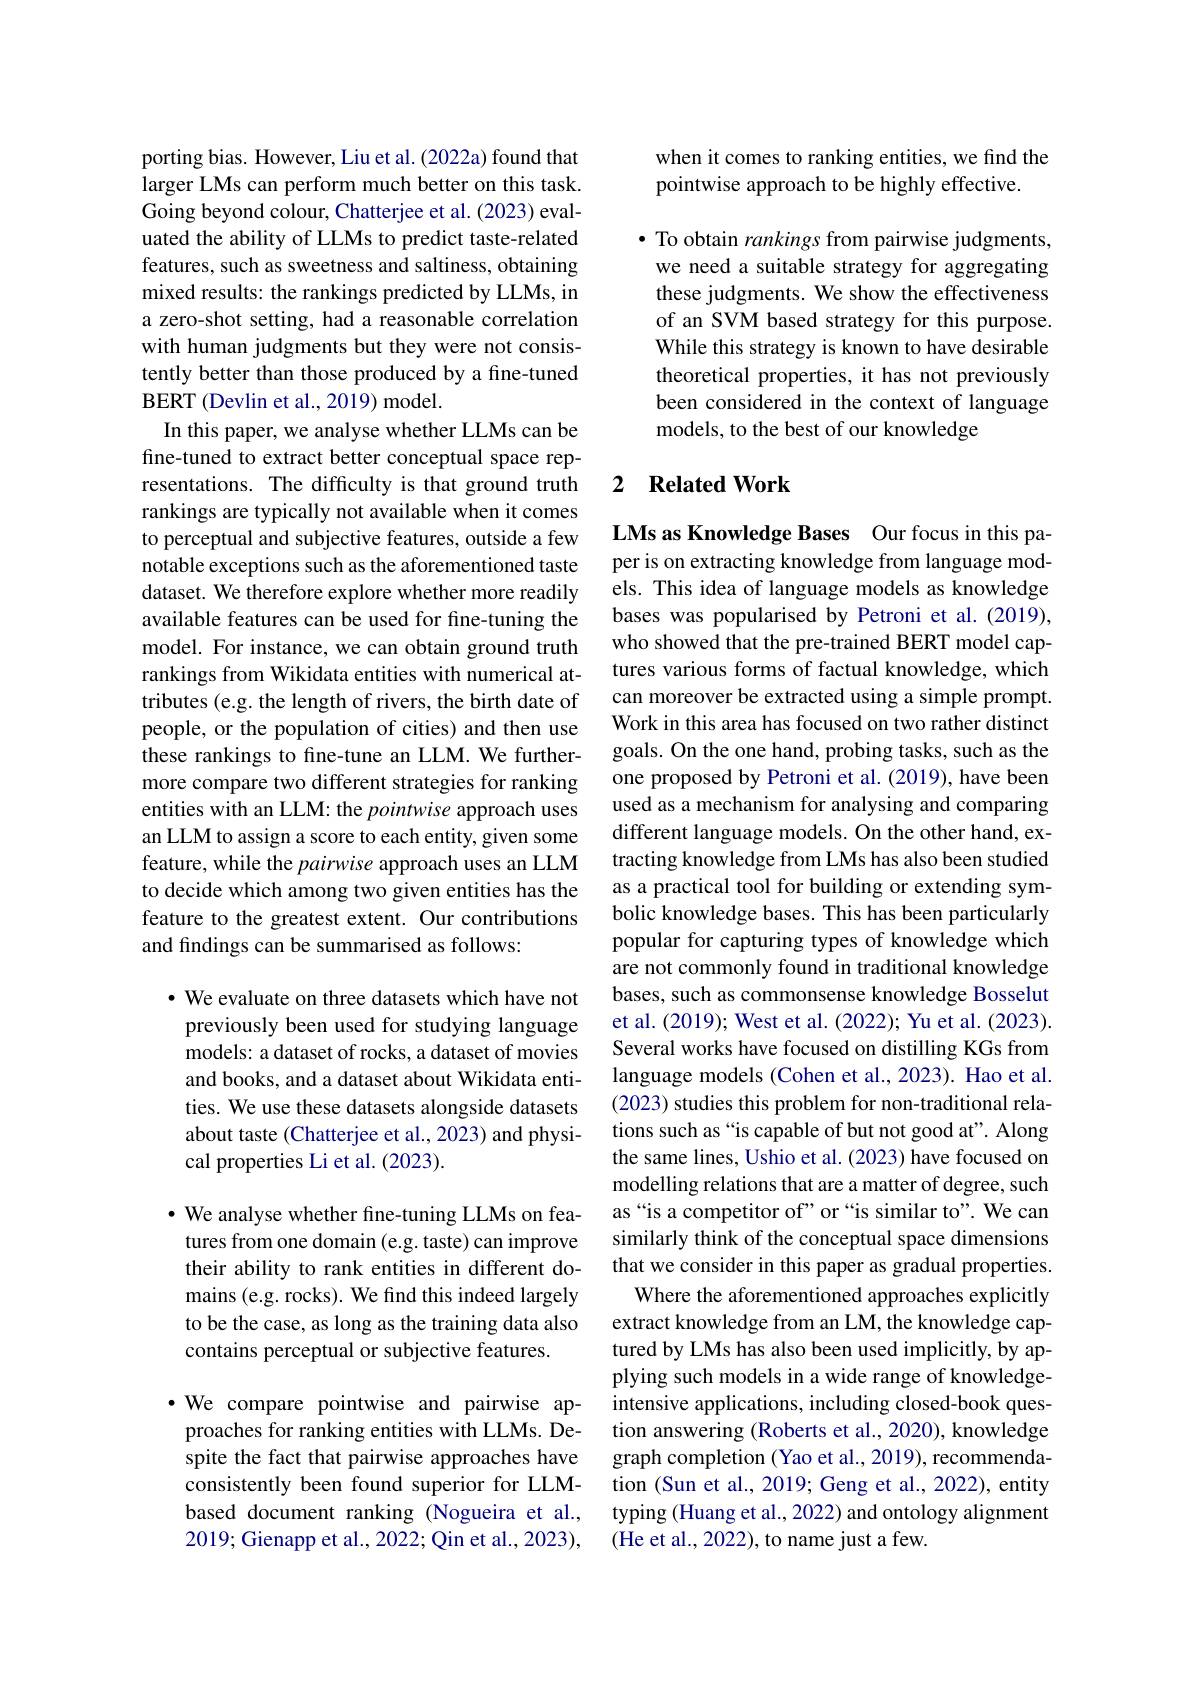
porting bias. However, Liu et al. (2022a) found that larger LMs can perform much better on this task. Going beyond colour, Chatterjee et al. (2023) evaluated the ability of LLMs to predict taste-related features, such as sweetness and saltiness, obtaining mixed results: the rankings predicted by LLMs, in a zero-shot setting, had a reasonable correlation with human judgments but they were not consistently better than those produced by a fine-tuned BERT (Devlin et al., 2019) model.
In this paper, we analyse whether LLMs can be fine-tuned to extract better conceptual space representations. The difficulty is that ground truth rankings are typically not available when it comes to perceptual and subjective features, outside a few notable exceptions such as the aforementioned taste dataset. We therefore explore whether more readily available features can be used for fine-tuning the model. For instance, we can obtain ground truth rankings from Wikidata entities with numerical attributes (e.g. the length of rivers, the birth date of people, or the population of cities) and then use these rankings to fine-tune an LLM. We furthermore compare two different strategies for ranking entities with an LLM: the pointwise approach uses an LLM to assign a score to each entity, given some feature, while the pairwise approach uses an LLM to decide which among two given entities has the feature to the greatest extent. Our contributions and findings can be summarised as follows:

· We evaluate on three datasets which have not previously been used for studying language models: a dataset of rocks, a dataset of movies and books, and a dataset about Wikidata entities. We use these datasets alongside datasets about taste (Chatterjee et al., 2023) and physical properties Li et al. (2023).

$\bullet$ We analyse whether fine-tuning LLMs on features from one domain (e.g. taste) can improve their ability to rank entities in different domains (e.g. rocks). We find this indeed largely to be the case, as long as the training data also contains perceptual or subjective features.

·We compare pointwise and pairwise approaches for ranking entities with LLMs. Despite the fact that pairwise approaches have consistently been found superior for LLMbased document ranking (Nogueira et al., 2019; Gienapp et al., 2022; Qin et al., 2023),

when it comes to ranking entities, we find the
pointwise approach to be highly effective.

$\bullet$ To obtain rankings from pairwise judgments, we need a suitable strategy for aggregating these judgments. We show the effectiveness of an SVM based strategy for this purpose. While this strategy is known to have desirable theoretical properties, it has not previously been considered in the context of language models, to the best of our knowledge

### 2 $\textbf{Related Work}$

LMs as Knowledge Bases Our focus in this paper is on extracting knowledge from language models. This idea of language models as knowledge bases was popularised by Petroni et al.(2019), who showed that the pre-trained BERT model captures various forms of factual knowledge, which can moreover be extracted using a simple prompt. Work in this area has focused on two rather distinct goals. On the one hand, probing tasks, such as the one proposed by Petroni et al.(2019), have been used as a mechanism for analysing and comparing different language models. On the other hand, extracting knowledge from LMs has also been studied as a practical tool for building or extending symbolic knowledge bases. This has been particularly popular for capturing types of knowledge which are not commonly found in traditional knowledge bases, such as commonsense knowledge Bosselut et al. (2019); West et al. (2022); Yu et al. (2023). Several works have focused on distilling KGs from language models (Cohen et al., 2023). Hao et al. (2023) studies this problem for non-traditional relations such as “is capable of but not good at". Along the same lines, Ushio et al. (2023) have focused on modelling relations that are a matter of degree, such as“is a competitor of” or“is similar to”. We can similarly think of the conceptual space dimensions that we consider in this paper as gradual properties.
Where the aforementioned approaches explicitly extract knowledge from an LM, the knowledge captured by LMs has also been used implicitly, by applying such models in a wide range of knowledgeintensive applications, including closed-book question answering (Roberts et al., 2020), knowledge graph completion (Yao et al., 2019), recommendation (Sun et al., 2019; Geng et al., 2022), entity typing (Huang et al., 2022) and ontology alignment (He et al., 2022), to name just a few.